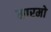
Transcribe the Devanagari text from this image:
मारमो